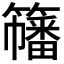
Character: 𥶋